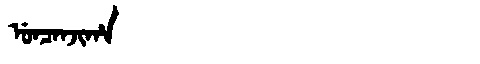
Manchu: ᡠᠨᠴᠠᠨᠵᡳᡥᠠ
Romanization: UNCANJIHA